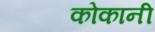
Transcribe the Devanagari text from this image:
कोकानी